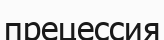
прецессия